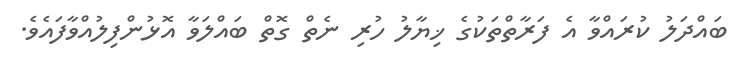
ބައްދަލު ކުރައްވާ އެ ފަރާތްތަކުގެ ޚިޔާލު ހުރި ނެތް ގޮތް ބައްލަވާ އޮޅުންފިލުއްވާފައެވެ.